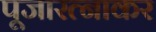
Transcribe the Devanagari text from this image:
पूजारत्नाकर